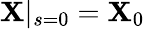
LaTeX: {\mathbf X}|_{s=0}={\mathbf X}_{0}